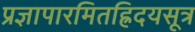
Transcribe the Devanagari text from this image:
प्रज्ञापारमितह्रिदयसूत्र